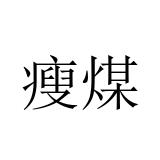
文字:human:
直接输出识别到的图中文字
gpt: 瘦煤